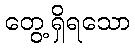
တွေ့ရှိရသော